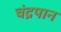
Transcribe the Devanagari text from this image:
चंद्रपान